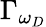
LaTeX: \Gamma_{\omega_{D}}